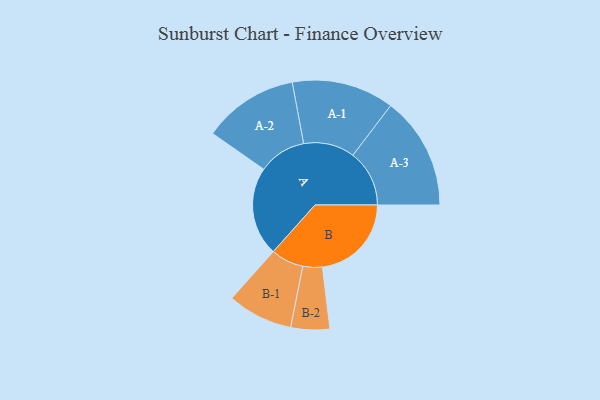
{"axis": {"x": "Segment", "y": "Value"}, "legend": ["", "A", "B"], "data": [{"x": "A", "y": 468, "type": ""}, {"x": "B", "y": 468, "type": ""}, {"x": "A-1", "y": 269, "type": "A"}, {"x": "A-2", "y": 251, "type": "A"}, {"x": "A-3", "y": 297, "type": "A"}, {"x": "B-1", "y": 172, "type": "B"}, {"x": "B-2", "y": 102, "type": "B"}]}